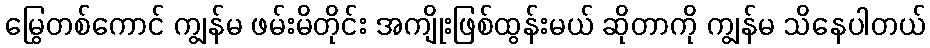
မြွေတစ်ကောင် ကျွန်မ ဖမ်းမိတိုင်း အကျိုးဖြစ်ထွန်းမယ် ဆိုတာကို ကျွန်မ သိနေပါတယ်